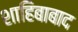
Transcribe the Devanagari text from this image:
शाहिबाबाद